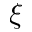
\xi